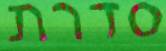
סדרת